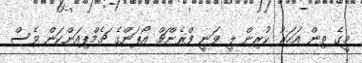
މީގެ ތިން އަހަރު ކުރިން ލީ ވަނީ ފްރެންޗް އޯޕަންގެ ޗެމްޕިއަންކަން ވެސް